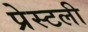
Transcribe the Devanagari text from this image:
प्रेस्टली